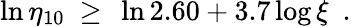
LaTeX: \ln\eta_{10}\ \geq\ \ln 2.60+3.7\log\xi\ \ .